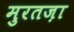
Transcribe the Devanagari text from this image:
मुरतज़ा